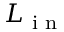
L _ { \textrm { i n } }